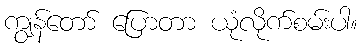
ကျွန်တော် ပြောတာ ယုံလိုက်စမ်းပါ။